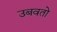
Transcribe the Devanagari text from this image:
उबवतो